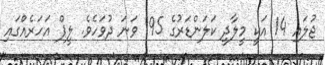
ޖުލައި 14 އަކީ މީލާދީ ކަލަންޑަރުގެ 195 ވަނަ ދުވަހެވެ. ލީޕް އަހަރެއްގައި